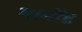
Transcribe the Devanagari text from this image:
मार्मोंट